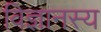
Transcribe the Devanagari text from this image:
विज्ञानस्य